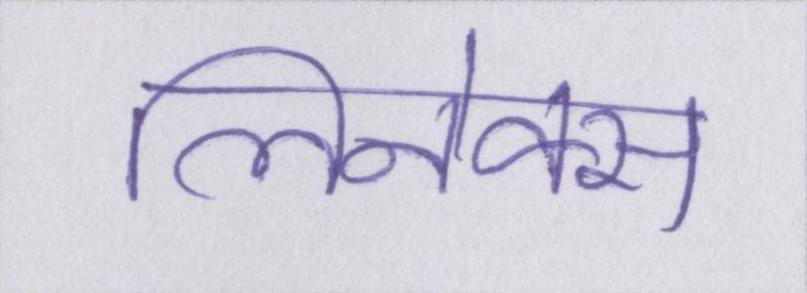
लिनेक्स